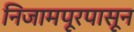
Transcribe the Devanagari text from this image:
निजामपूरपासून